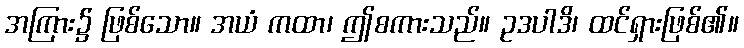
အကြား၌ ဖြစ်သော။ အယံ ကထာ၊ ဤစကားသည်။ ဥဒပါဒိ၊ ထင်ရှားဖြစ်၏။